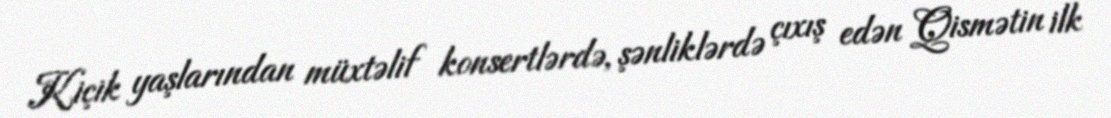
Kiçik yaşlarından müxtəlif konsertlərdə, şənliklərdə çıxış edən Qismətin ilk